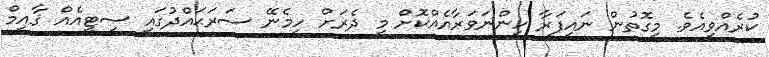
ކުރެއްވިއެވެ. މިގޮތުން ނައިފަރާ ހިންނަވަރާއެއްކޮށް މި ދެރަށް ހިމެނޭ ސަރަޙައްދުގައި ސިޓީއެއް ޤާއިމް